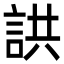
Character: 鿁